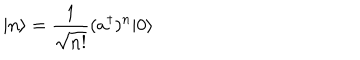
| n \rangle = \frac { 1 } { \sqrt { n ! } } ( a ^ { \dagger } ) ^ { n } | 0 \rangle